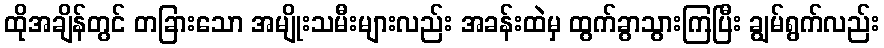
ထိုအချိန်တွင် တခြားသော အမျိုးသမီးများလည်း အခန်းထဲမှ ထွက်ခွာသွားကြပြီး ချွမ်ရွက်လည်း